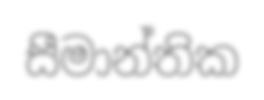
සීමාන්තික